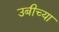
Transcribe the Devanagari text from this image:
उबीच्या